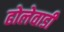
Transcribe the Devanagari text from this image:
ढोलेवाडी